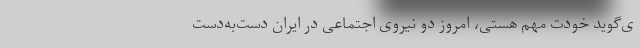
ی‌گوید خودت مهم هستی، امروز دو نیروی اجتماعی در ایران دست‌به‌دست